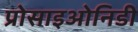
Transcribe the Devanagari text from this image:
प्रोसाइओनिडी